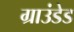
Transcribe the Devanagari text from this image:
ग्राउंडेड